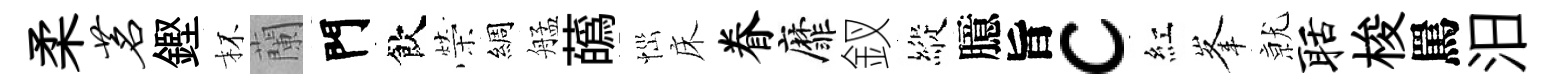
柔茗鏗杯蘭門飲榮綢艋蘤𢙉床眷靡釵縱臆旨c紅峯𭕒聒梭罵汨